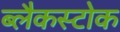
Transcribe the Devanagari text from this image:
ब्लैकस्टोक